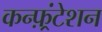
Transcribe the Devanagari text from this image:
कन्फ़्रंटेशन